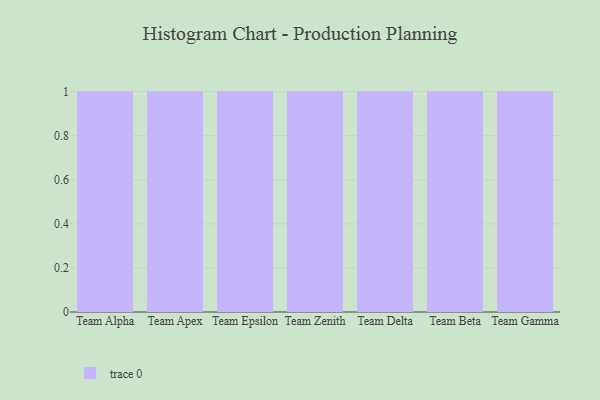
{"axis": {"x": "Team", "y": "Population (Million)"}, "legend": [""], "data": [{"x": "Team Alpha", "y": 25, "type": ""}, {"x": "Team Apex", "y": 7, "type": ""}, {"x": "Team Epsilon", "y": 73, "type": ""}, {"x": "Team Zenith", "y": 84, "type": ""}, {"x": "Team Delta", "y": 86, "type": ""}, {"x": "Team Beta", "y": 44, "type": ""}, {"x": "Team Gamma", "y": 23, "type": ""}]}